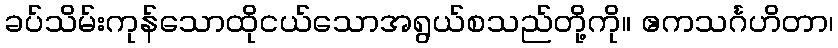
ခပ်သိမ်းကုန်သောထိုငယ်သောအရွယ်စသည်တို့ကို။ ဧကသင်္ဂဟိတာ၊